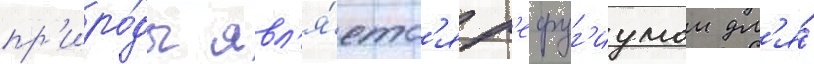
пр'иро́ды явл'я́етс'я р'ефуг'иумом дл'я́